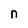
Character: n